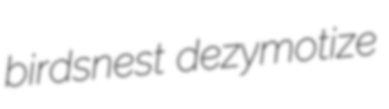
birdsnest dezymotize